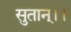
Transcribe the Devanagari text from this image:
सुतान्।।